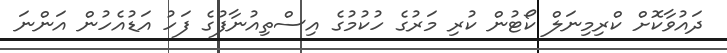
ދައުވާކޮށް ކްރިމިނަލް ކޯޓުން ކުރި މަރުގެ ހުކުމުގެ އިސްތިއުނާފުގެ ފަހު އަޑުއެހުން އަންނަ